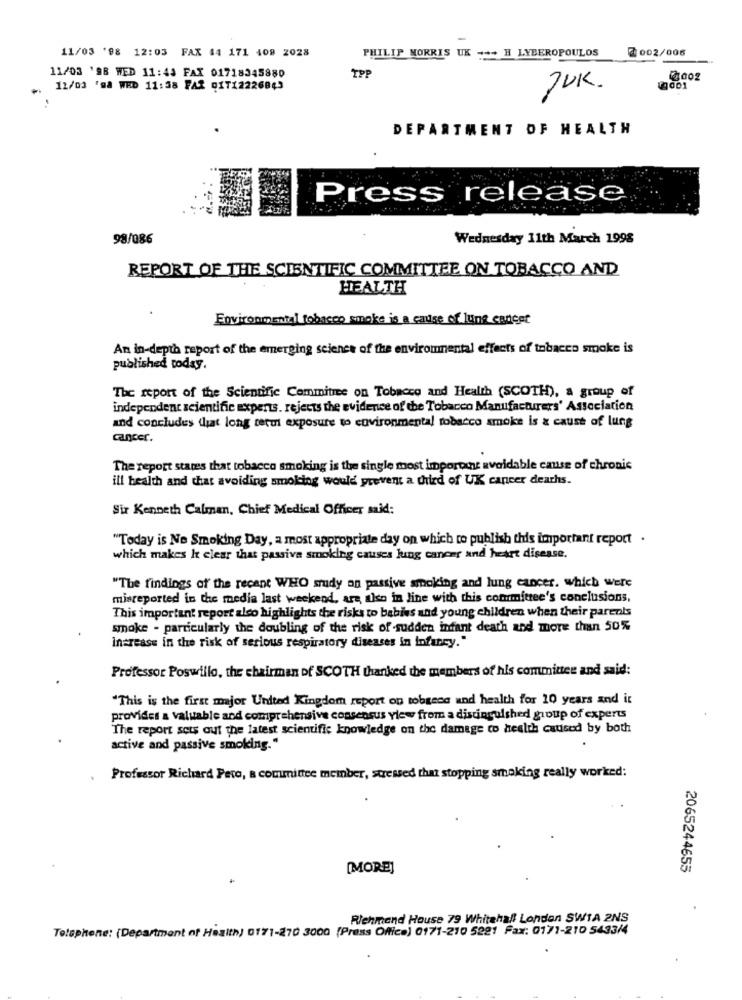
11/03 '98 12:03 FAX 44 171 408 2028
PHILIP MORRIS UK +++ H LYDEROPOULOS
2 002/006
TPP
11/03 '98 WED 11:43 FAX 01718345880
11/03 'ga WED 11:38 FAR DIT122268;3
JUK.
DEPARTMENT OF HEALTH
Press release
98/086
Wednesday 11th March 1998
REPORT OF THE SCIENTIFIC COMMITTEE ON TOBACCO AND
HEALTH
Environmental tobacco smoke is a cause of lung cancer
An in-depth report of the emerging science of the enviromental effects of tobacco smoke is
published today.
The report of the Scientific Committee on Tobacco and Health (SCOTH), a group of
independent scientific experts. rejects the evidence of the Tobacco Manufacturers' Association
and concludes that long term exposure to environmental tobacco smoke is & cause of lung
cancer.
The report states that tobacco smoking is the single most important avoidable cause of chronic
ill health and that avoiding smoking would prevent a third of UK cancer dearhs.
Sir Kenneth Calman, Chief Medical Officer said:
"Today is No Smoking Day, a most appropriate day on which to publish this important report .
which makes It clear that passiva smoking causes lung cancer and heart disease.
"The findings of the recent WHO study an passive smoking and lung cancer. which were
misreported in the media last weekend, are also in line with this commitee's conclusions,
This important report also highlights the risks to babies and young children when their parents
smoke - particularly the doubling of the risk of -sudden infant death and more than 50%
increase in the risk of serious respiratory diseases in infancy."
Professor Poswillo, the chairman of SCOTH thanked the members of his committee and said:
"This is the first major United Kingdom report on tobgece and health for 10 years and it
provides a valuable and comprehensive consensus ylew from a distinguished group of experts
The report sets out the latest scientific knowledge on the damage to health catised by both
active and passive smoking."
.
Professor Richard Pero, a committee member, stressed that stopping smoking really worked:
[MORE]
2065244655
Richmand House 79 Whitehall London SWIA 2NS
Telephone: (Department of Health) 0171-270 3000 (Press Office) 0171-210 5221 Fax: 0171-210 5433/4